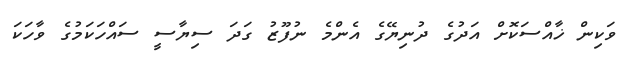
ވަކިން ޚާއްސަކޮށް އަދުގެ ދުނިޔޭގެ އެންމެ ނުފޫޒު ގަދަ ސިޔާސީ ސައްހަކަމުގެ ވާހަކަ